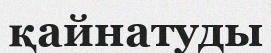
қайнатуды